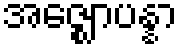
အဇ္ဈောပန္နာ